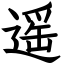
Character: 遥